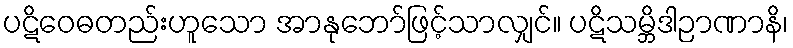
ပဋိဝေဓတည်းဟူသော အာနုဘော်ဖြင့်သာလျှင်။ ပဋိသမ္ဘိဒါဉာဏာနိ၊